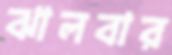
ঝালবার